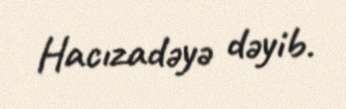
Hacızadəyə dəyib.